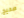
صحيح